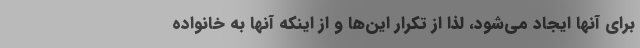
برای آنها ایجاد می‌شود، لذا از تکرار این‌ها و از اینکه آنها به خانواده